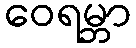
ဝေရမ္ဘာ